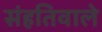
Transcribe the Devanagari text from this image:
संहतिवाले